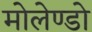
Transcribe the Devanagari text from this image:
मोलेण्डो